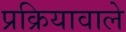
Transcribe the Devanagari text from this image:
प्रक्रियावाले